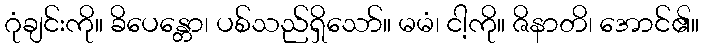
ဂုံချင်းကို။ ခိပေန္တော၊ ပစ်သည်ရှိသော်။ မမံ၊ ငါ့ကို။ ဇိနာတိ၊ အောင်၏။